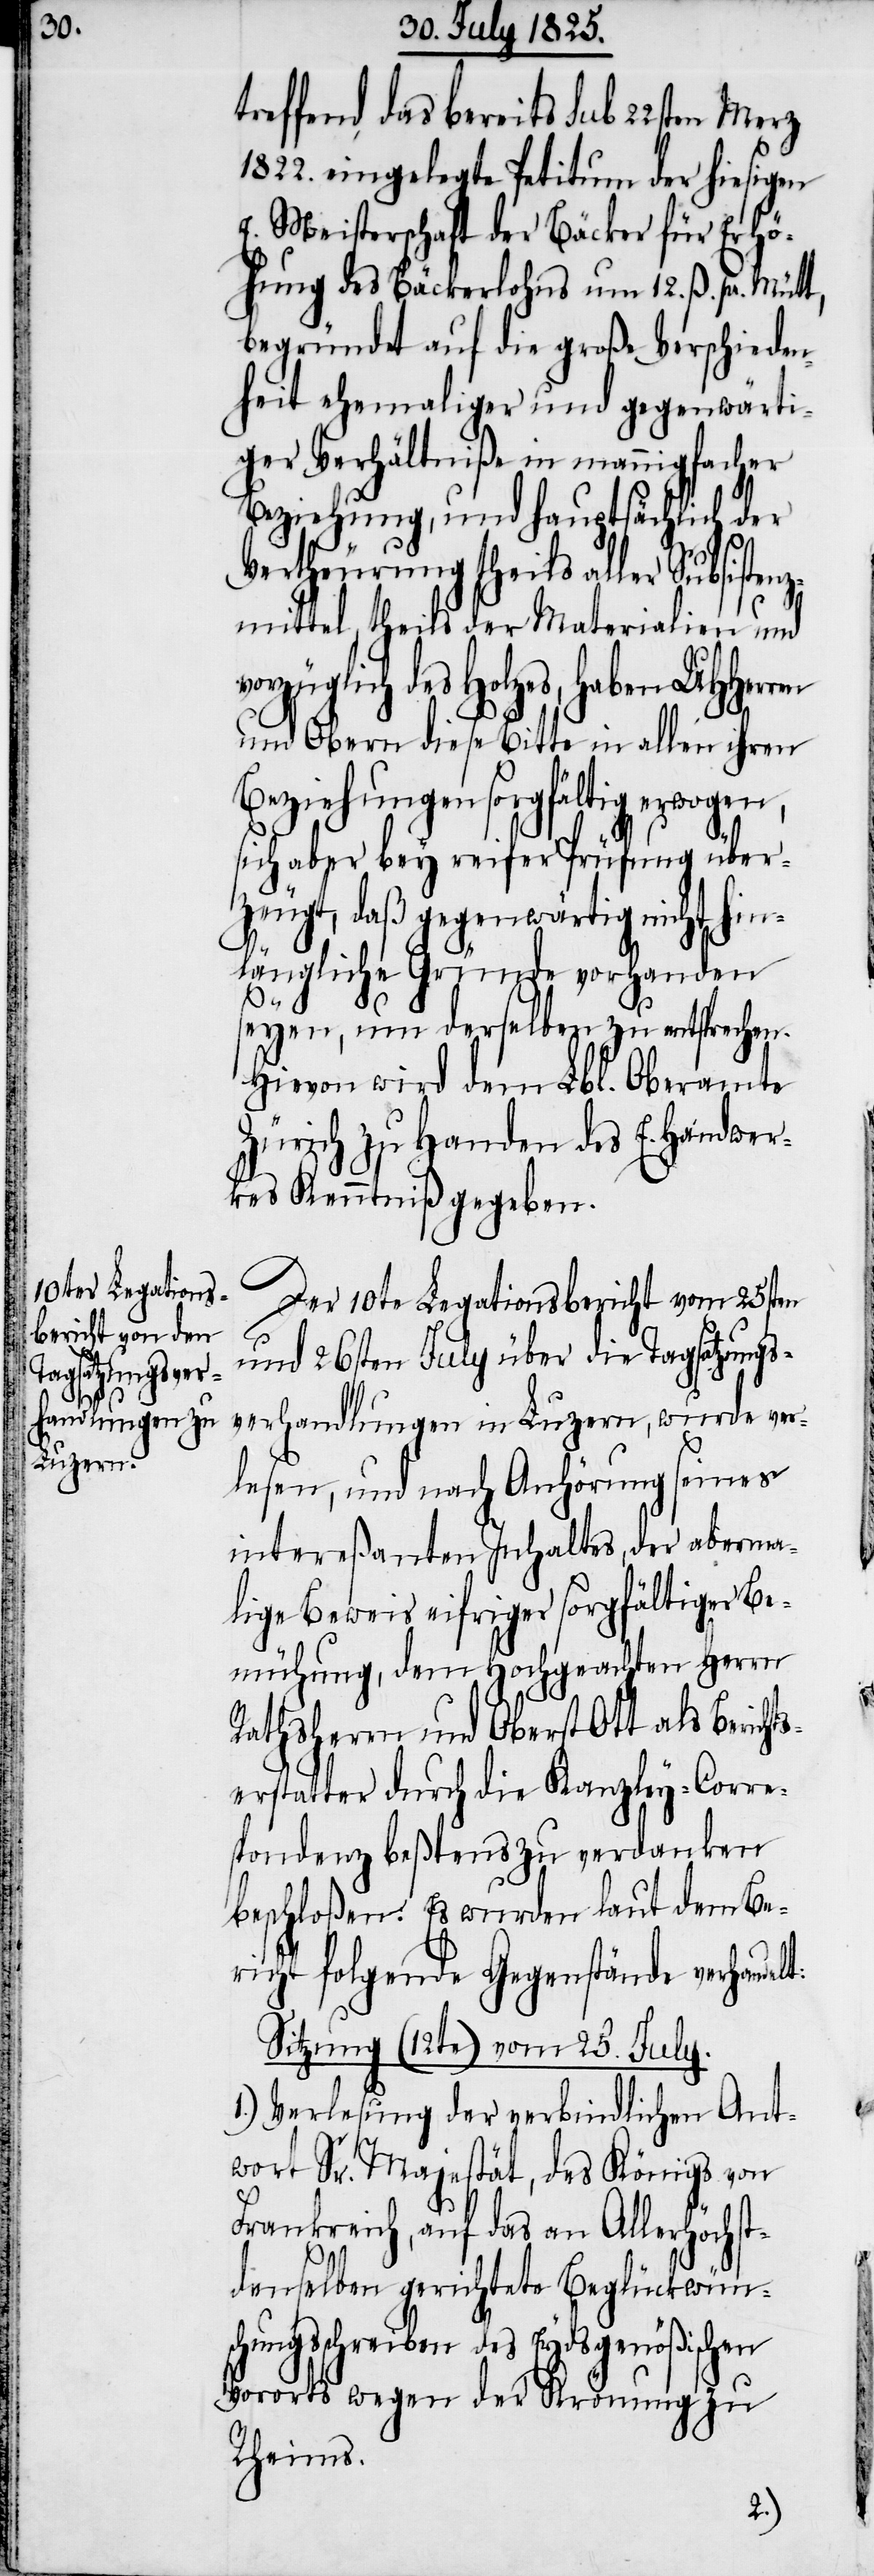
treffend, das bereits sub 22sten Merz
1822. eingelegte Petitum der hiesigen
E. Meisterschaft der Bäcker für Erhö¬
hung des Bäckerlohns um 12. ß. p. Mütt,
begründet auf die große Verschieden¬
heit ehemaliger und gegenwärti¬
ger Verhältniße in mannigfacher
Beziehung, und hauptsächlich der
lt:
Vertheurung theils aller Subsistenz¬
mittel, theils der Materialien und
züglich des Holzes, haben UHHerren
und Obern diese Bitte in allen ihren
Beziehungen sorgfältig erwogen,
sich aber bey reifer Prüfung über¬
zeugt, daß gegenwärtig nicht hin¬
längliche Gründe vorhanden
seyen, um derselben zu entsprechen.
Hievon wird dem Lbl. Oberamte
Zürich zu Handen des E. Handwer¬
kes Kenntniß gegeben.
Der 10te Legationsbericht vom 25sten
und 26sten July über die Tagsatzungs¬
verhandlungen in Luzern, wurde ver¬
lesen, und nach Anhörung seines
intereßanten Inhaltes, der aberma¬
lige Beweis eifriger sorgfältiger Be¬
mühung, dem Hochgeachten Herrn
Rathsherrn und Oberst Ott als Berich¬
erstatter durch die Kanzley-Corre¬
spondenz beßtens zu verdanken
beschloßen: Es wurden laut dem Be¬
richt folgende Gegenstände verhande¬
Sitzung (12te) vom 25. July.
1.) Verlesung der verbindlichen Ant¬
wort Sr. Majestät, des Königs von
Frankreich, auf das an Allerhöchst¬
demselben gerichtete Beglückwünsc¬
hungsschreiben des Eydsgenößischen
Vororts wegen der Krönung zu
Rheims.